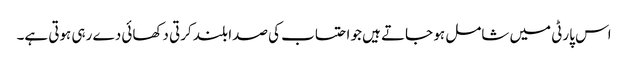
اس پارٹی میں شامل ہو جاتے ہیں جو احتساب کی صدا بلند کرتی دکھائی دے رہی ہوتی ہے۔